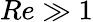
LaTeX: Re\gg 1